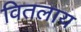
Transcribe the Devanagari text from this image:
वितलाय